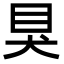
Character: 狊